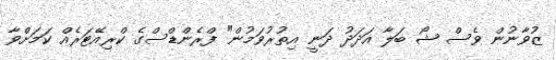
ޒުވާނުން ވެސް ޝޯ ބަލާ އަދަދު ދަނީ އިތުރުވަމުން" ފްރެންޑްސްގެ ކްރިއޭޓަރެއް ކަމަށްވާ